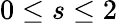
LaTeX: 0\leq s\leq 2